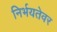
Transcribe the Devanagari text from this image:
निर्भयतेवर